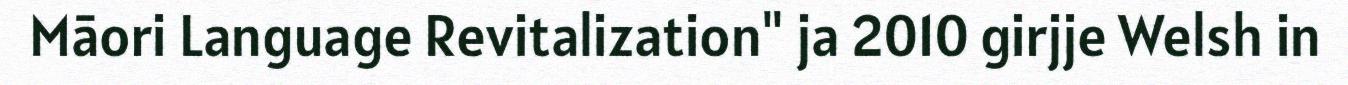
Māori Language Revitalization" ja 2010 girjje Welsh in